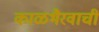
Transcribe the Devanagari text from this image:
काळभैरवाची